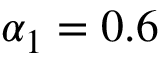
\alpha _ { 1 } = 0 . 6